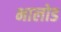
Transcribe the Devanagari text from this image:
भालोड